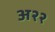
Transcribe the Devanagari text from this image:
अ२२